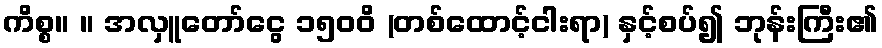
ကိစ္စ။ ။ အလှူတော်ငွေ ၁၅၀၀ိ (တစ်ထောင့်ငါးရာ) နှင့်စပ်၍ ဘုန်းကြီး၏